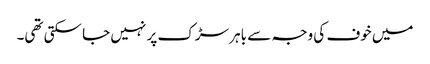
میں خوف کی وجہ سے باہر سڑک پر نہیں جا سکتی تھی۔